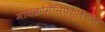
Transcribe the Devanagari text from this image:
मायक्रोमॅनिप्युलेशन